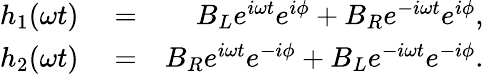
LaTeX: \begin{array}{rlr}{h_{1}(\omega t)}&{{}=}&{B_{L}e^{i\omega t}e^{i\phi}+B_{R}e^{-i\omega t}e^{i\phi},}\\ {h_{2}(\omega t)}&{{}=}&{B_{R}e^{i\omega t}e^{-i\phi}+B_{L}e^{-i\omega t}e^{-i\phi}.}\end{array}